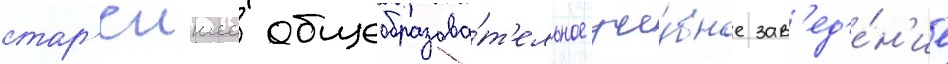
стар'еишее общеобразова́т'ельное уче́бное зав'ед'е́н'ие